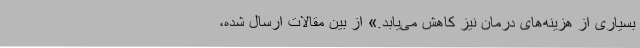
بسیاری از هزینه­های درمان نیز کاهش می­یابد.» از بین مقالات ارسال شده،